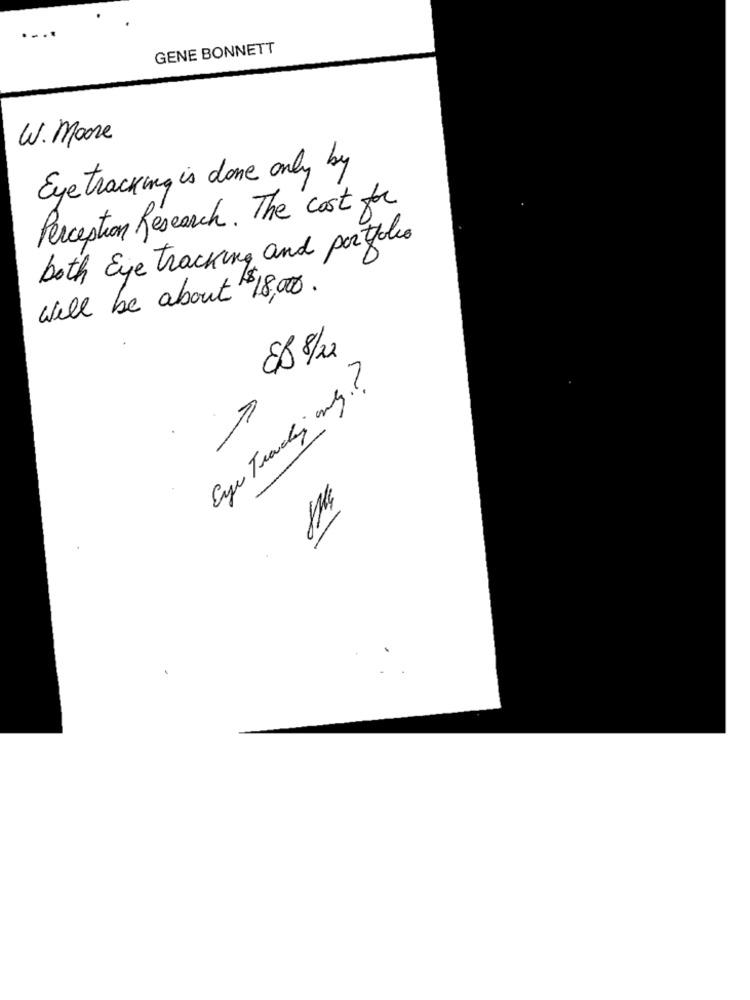
GENE BONNETT
W. Moore
Eye tracking is done only by
Perception Research . The cost for
both Eye tracking and por tholes
Will be about $18,00.
888/20
Eye Tracky ing .?
E